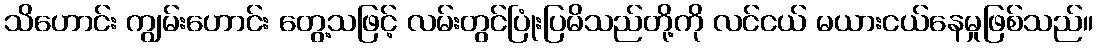
သိဟောင်း ကျွမ်းဟောင်း တွေ့သဖြင့် လမ်းတွင်ပြုံးပြမိသည်တို့ကို လင်ငယ် မယားငယ်နေမှုဖြစ်သည်။